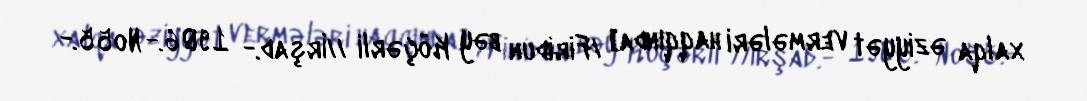
xalqa əziyyət vermələri haqqında] /Firidun bəy Köçərli //İrşad.- 1906.- №55.-